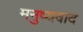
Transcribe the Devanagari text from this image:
मनुष्यवाद